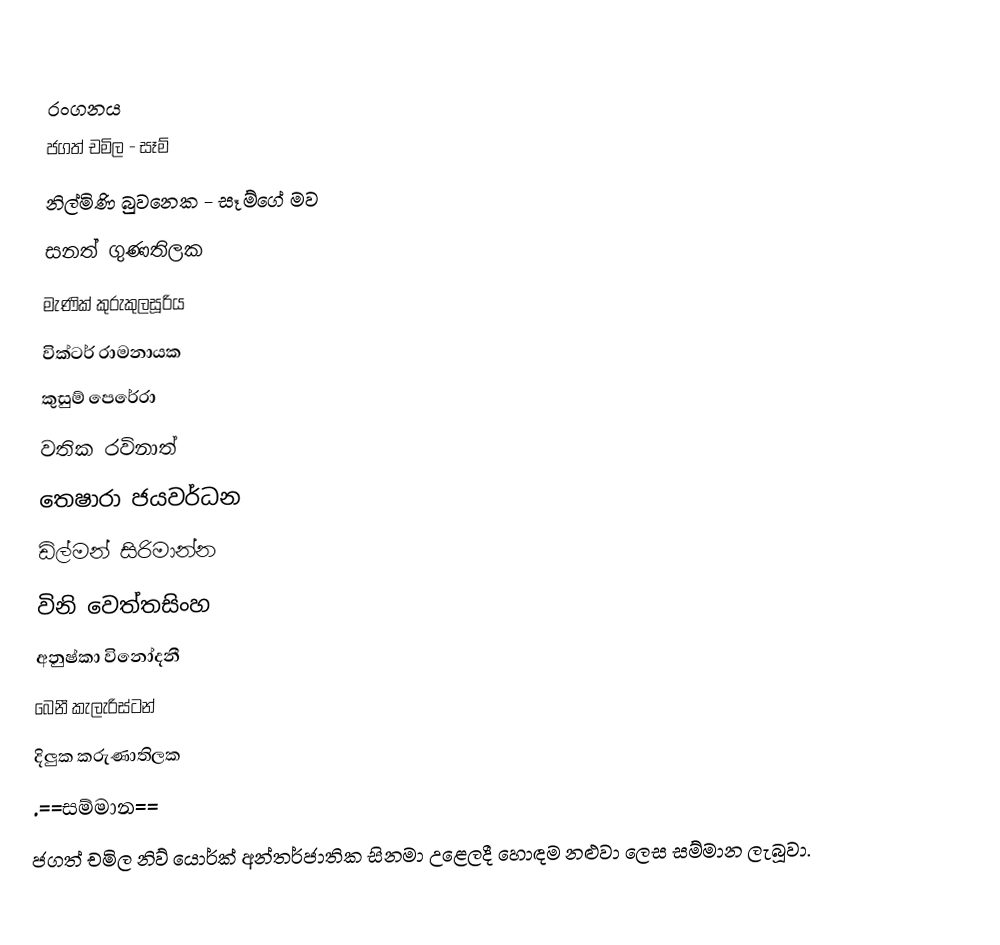

රංගනය
ජගත් චමිල - සෑම්
නිල්මිණි බුවනෙක - සෑම්ගේ මව
සනත් ගුණතිලක
මැණික් කුරුකුලසූරිය
වික්ටර් රාමනායක
කුසුම් පෙරේරා
වතික රවිනාත්
තෙෂාරා ජයවර්ධන
ඩිල්මන් සිරිමාන්න
විනි වෙත්තසිංහ
අනුෂ්කා විනෝදනී
බෙනී කැලැරිස්ටන්
දිලුක කරුණාතිලක
.==සම්මාන==
ජගත් චමිල නිව් යොර්ක් අන්තර්ජාතික සිනමා උළෙලදී හොඳම නළුවා ලෙස සම්මාන ලැබූවා.